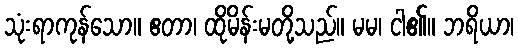
သုံးရာကုန်သော။ ဧတာ၊ ထိုမိန်းမတို့သည်။ မမ၊ ငါ၏။ ဘရိယာ၊